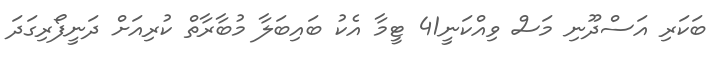
ބަކަރި އަސްދޫނި މަސް ވިއްކަނީ41 ޓީމާ އެކު ބައިބަލާ މުބާރާތް ކުރިއަށް ދަނީފޯރިގަދަ